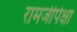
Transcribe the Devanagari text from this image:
रामजीपेक्षा